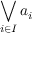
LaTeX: \bigvee _ { i \in I } a _ { i }